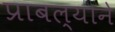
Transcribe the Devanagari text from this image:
प्राबल्याने